Statistical return of the lunatic asylum in Assam - 1912-1932
Year: 1912
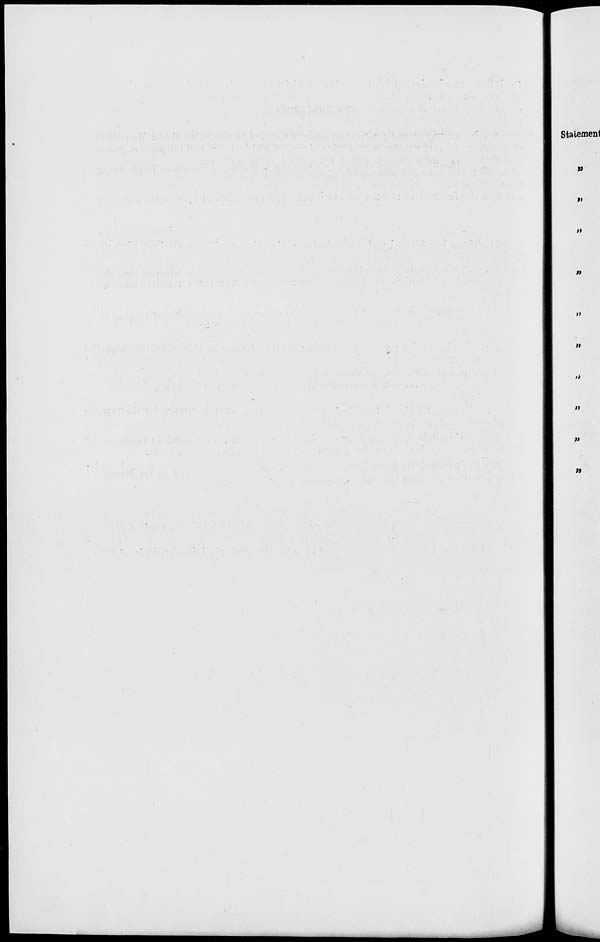
Statement
it
it
M
»
»
M
»